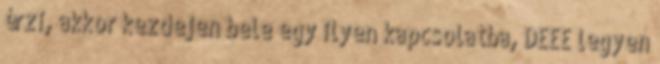
érzi, akkor kezdejen bele egy ilyen kapcsolatba, DEEE legyen